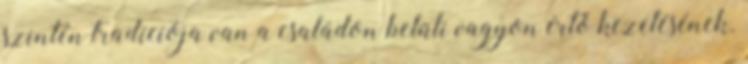
szintén tradíciója van a családon belüli vagyon értő kezelésének.